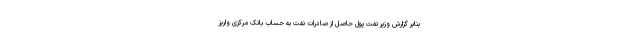
بنابر گزارش وزیر نفت پول حاصل از صادرات نفت به حساب بانک مرکزی واریز